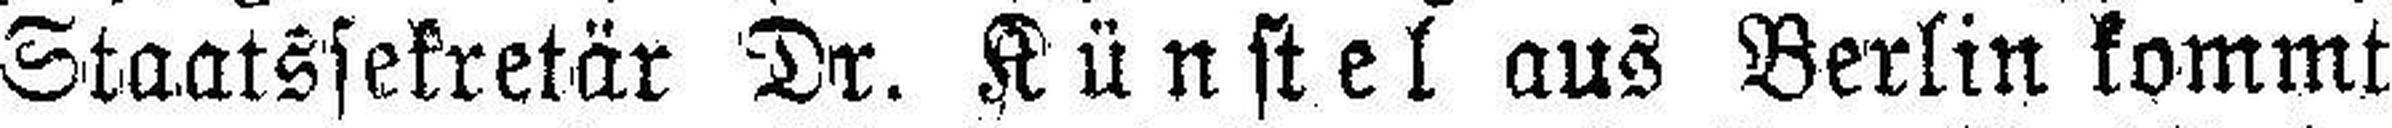
Staatssekretär Dr. Künstel aus Berlin kommt